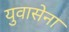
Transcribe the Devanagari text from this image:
युवासेना